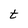
Character: t